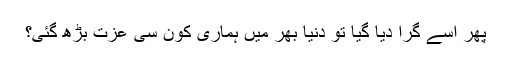
پھر اسے گرا دیا گیا تو دنیا بھر میں ہماری کون سی عزت بڑھ گئی؟